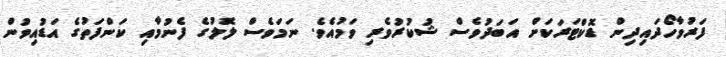
ފަރުވާހޯދައިދިން ޑޮކްޓަރަކަށް އަބަދުވެސް ޝުކުރުވެރި ވަމުއެވެ. ނަމަވެސް ލޮލުގެ ފެނުމާއި ކަންފަތުގެ އަޑުއިވުން